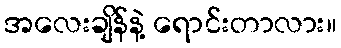
အလေးချိန်နဲ့ ရောင်းတာလား။